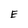
Character: E